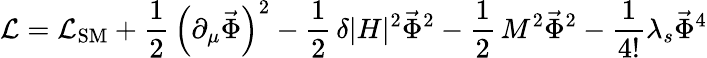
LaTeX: {\cal L}={\cal L}_{\mathrm{SM}}+\frac{1}{2}\, \left(\partial_{\mu}\vec{\Phi}\right)^{2}-\frac{1}{2}\, \delta|H|^{2}\vec{\Phi}^{2}-\frac{1}{2}\, M^{2}\vec{\Phi}^{2}-\frac{1}{4!}\lambda_{s}\vec{\Phi}^{4}